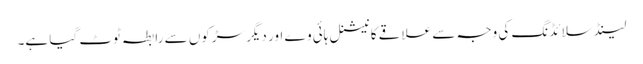
لینڈ سلائڈنگ کی وجہ سے علاقے کا نیشنل ہائی وے اور دیگر سڑکوں سے رابطہ ٹوٹ گیا ہے۔